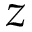
z